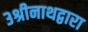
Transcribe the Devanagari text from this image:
३श्रीनाथद्वारा